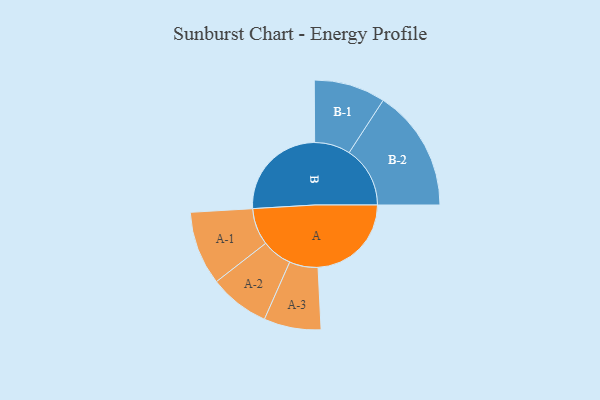
{"axis": {"x": "Segment", "y": "Value"}, "legend": ["", "A", "B"], "data": [{"x": "A", "y": 389, "type": ""}, {"x": "B", "y": 415, "type": ""}, {"x": "A-1", "y": 154, "type": "A"}, {"x": "A-2", "y": 126, "type": "A"}, {"x": "A-3", "y": 119, "type": "A"}, {"x": "B-1", "y": 149, "type": "B"}, {"x": "B-2", "y": 254, "type": "B"}]}